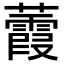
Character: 𧄁